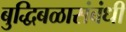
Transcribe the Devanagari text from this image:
बुद्धिबळासंबंधी